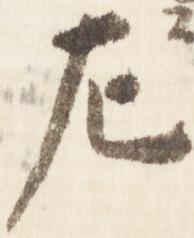
左